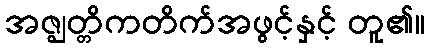
အဇ္ဈတ္တိကတိက်အဖွင့်နှင့် တူ၏။